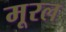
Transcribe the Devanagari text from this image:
मूरल